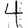
Digit: 4